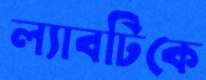
ল্যাবটিকে